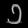
Digit: ၁